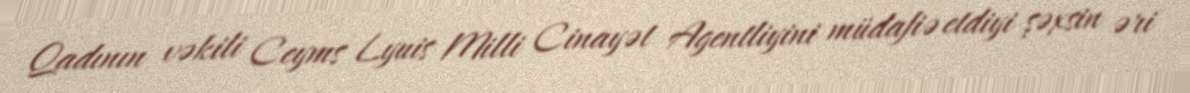
Qadının vəkili Ceyms Lyuis Milli Cinayət Agentliyini müdafiə etdiyi şəxsin əri